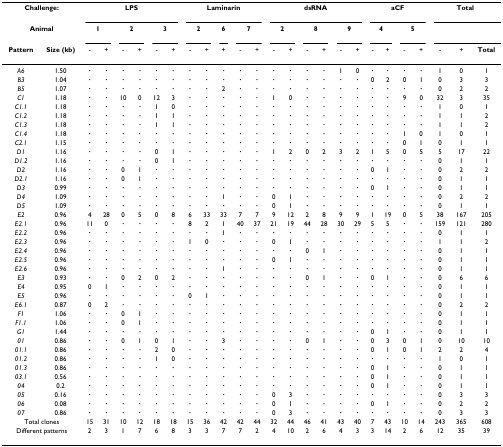
<table><thead><tr><td colspan="2"><b>Challenge:</b></td><td colspan="6"><b>LPS</b></td><td colspan="5"><b>Laminarin</b></td><td colspan="6"><b>dsRNA</b></td><td colspan="4"><b>aCF</b></td><td colspan="3"><b>Total</b></td></tr><tr><td colspan="2"><b>Animal</b></td><td colspan="2"><b>1</b></td><td colspan="2"><b>2</b></td><td colspan="2"><b>3</b></td><td colspan="2"><b>2</b></td><td><b>6</b></td><td colspan="2"><b>7</b></td><td colspan="2"><b>2</b></td><td colspan="2"><b>8</b></td><td colspan="2"><b>9</b></td><td colspan="2"><b>4</b></td><td colspan="2"><b>5</b></td><td></td><td></td><td></td></tr><tr><td><b>Pattern</b></td><td><b>Size (kb)</b></td><td><b>-</b></td><td><b>+</b></td><td><b>-</b></td><td><b>+</b></td><td><b>-</b></td><td><b>+</b></td><td><b>-</b></td><td><b>+</b></td><td><b>+</b></td><td><b>-</b></td><td><b>+</b></td><td><b>-</b></td><td><b>+</b></td><td><b>-</b></td><td><b>+</b></td><td><b>-</b></td><td><b>+</b></td><td><b>-</b></td><td><b>+</b></td><td><b>-</b></td><td><b>+</b></td><td><b>-</b></td><td><b>+</b></td><td><b>Total</b></td></tr></thead><tbody><tr><td><i>A6</i></td><td>1.50</td><td><b>·</b></td><td><b>·</b></td><td><b>·</b></td><td><b>·</b></td><td><b>·</b></td><td><b>·</b></td><td><b>·</b></td><td><b>·</b></td><td><b>·</b></td><td><b>·</b></td><td><b>·</b></td><td><b>·</b></td><td><b>·</b></td><td><b>·</b></td><td><b>·</b></td><td>1</td><td>0</td><td><b>·</b></td><td><b>·</b></td><td><b>·</b></td><td><b>·</b></td><td>1</td><td>0</td><td>1</td></tr><tr><td><i>B3</i></td><td>1.04</td><td><b>·</b></td><td><b>·</b></td><td><b>·</b></td><td><b>·</b></td><td><b>·</b></td><td><b>·</b></td><td><b>·</b></td><td><b>·</b></td><td><b>·</b></td><td><b>·</b></td><td><b>·</b></td><td><b>·</b></td><td><b>·</b></td><td><b>·</b></td><td><b>·</b></td><td><b>·</b></td><td><b>·</b></td><td>0</td><td>2</td><td>0</td><td>1</td><td>0</td><td>3</td><td>3</td></tr><tr><td><i>B5</i></td><td>1.07</td><td><b>·</b></td><td><b>·</b></td><td><b>·</b></td><td><b>·</b></td><td><b>·</b></td><td><b>·</b></td><td><b>·</b></td><td><b>·</b></td><td>2</td><td><b>·</b></td><td><b>·</b></td><td><b>·</b></td><td><b>·</b></td><td><b>·</b></td><td><b>·</b></td><td><b>·</b></td><td><b>·</b></td><td><b>·</b></td><td><b>·</b></td><td><b>·</b></td><td><b>·</b></td><td>0</td><td>2</td><td>2</td></tr><tr><td><i>C1</i></td><td>1.18</td><td><b>·</b></td><td><b>·</b></td><td>10</td><td>0</td><td>12</td><td>3</td><td><b>·</b></td><td><b>·</b></td><td><b>·</b></td><td><b>·</b></td><td><b>·</b></td><td>1</td><td>0</td><td><b>·</b></td><td><b>·</b></td><td><b>·</b></td><td><b>·</b></td><td><b>·</b></td><td><b>·</b></td><td>9</td><td>0</td><td>32</td><td>3</td><td>35</td></tr><tr><td><i>C1.1</i></td><td>1.18</td><td><b>·</b></td><td><b>·</b></td><td><b>·</b></td><td><b>·</b></td><td>1</td><td>0</td><td><b>·</b></td><td><b>·</b></td><td><b>·</b></td><td><b>·</b></td><td><b>·</b></td><td><b>·</b></td><td><b>·</b></td><td><b>·</b></td><td><b>·</b></td><td><b>·</b></td><td><b>·</b></td><td><b>·</b></td><td><b>·</b></td><td><b>·</b></td><td><b>·</b></td><td>1</td><td>0</td><td>1</td></tr><tr><td><i>C1.2</i></td><td>1.18</td><td><b>·</b></td><td><b>·</b></td><td><b>·</b></td><td><b>·</b></td><td>1</td><td>1</td><td><b>·</b></td><td><b>·</b></td><td><b>·</b></td><td><b>·</b></td><td><b>·</b></td><td><b>·</b></td><td><b>·</b></td><td><b>·</b></td><td><b>·</b></td><td><b>·</b></td><td><b>·</b></td><td><b>·</b></td><td><b>·</b></td><td><b>·</b></td><td><b>·</b></td><td>1</td><td>1</td><td>2</td></tr><tr><td><i>C1.3</i></td><td>1.18</td><td><b>·</b></td><td><b>·</b></td><td><b>·</b></td><td><b>·</b></td><td>1</td><td>1</td><td><b>·</b></td><td><b>·</b></td><td><b>·</b></td><td><b>·</b></td><td><b>·</b></td><td><b>·</b></td><td><b>·</b></td><td><b>·</b></td><td><b>·</b></td><td><b>·</b></td><td><b>·</b></td><td><b>·</b></td><td><b>·</b></td><td><b>·</b></td><td><b>·</b></td><td>1</td><td>1</td><td>2</td></tr><tr><td><i>C1.4</i></td><td>1.18</td><td><b>·</b></td><td><b>·</b></td><td><b>·</b></td><td><b>·</b></td><td><b>·</b></td><td><b>·</b></td><td><b>·</b></td><td><b>·</b></td><td><b>·</b></td><td><b>·</b></td><td><b>·</b></td><td><b>·</b></td><td><b>·</b></td><td><b>·</b></td><td><b>·</b></td><td><b>·</b></td><td><b>·</b></td><td><b>·</b></td><td><b>·</b></td><td>1</td><td>0</td><td>1</td><td>0</td><td>1</td></tr><tr><td><i>C2.1</i></td><td>1.15</td><td><b>·</b></td><td><b>·</b></td><td><b>·</b></td><td><b>·</b></td><td><b>·</b></td><td><b>·</b></td><td><b>·</b></td><td><b>·</b></td><td><b>·</b></td><td><b>·</b></td><td><b>·</b></td><td><b>·</b></td><td><b>·</b></td><td><b>·</b></td><td><b>·</b></td><td><b>·</b></td><td><b>·</b></td><td><b>·</b></td><td><b>·</b></td><td>0</td><td>1</td><td>0</td><td>1</td><td>1</td></tr><tr><td><i>D1</i></td><td>1.16</td><td><b>·</b></td><td><b>·</b></td><td><b>·</b></td><td><b>·</b></td><td>0</td><td>1</td><td><b>·</b></td><td><b>·</b></td><td><b>·</b></td><td><b>·</b></td><td><b>·</b></td><td>1</td><td>2</td><td>0</td><td>2</td><td>3</td><td>2</td><td>1</td><td>5</td><td>0</td><td>5</td><td>5</td><td>17</td><td>22</td></tr><tr><td><i>D1.2</i></td><td>1.16</td><td><b>·</b></td><td><b>·</b></td><td><b>·</b></td><td><b>·</b></td><td>0</td><td>1</td><td><b>·</b></td><td><b>·</b></td><td><b>·</b></td><td><b>·</b></td><td><b>·</b></td><td><b>·</b></td><td><b>·</b></td><td><b>·</b></td><td><b>·</b></td><td><b>·</b></td><td><b>·</b></td><td><b>·</b></td><td><b>·</b></td><td><b>·</b></td><td><b>·</b></td><td>0</td><td>1</td><td>1</td></tr><tr><td><i>D2</i></td><td>1.16</td><td><b>·</b></td><td><b>·</b></td><td>0</td><td>1</td><td><b>·</b></td><td><b>·</b></td><td><b>·</b></td><td><b>·</b></td><td><b>·</b></td><td><b>·</b></td><td><b>·</b></td><td><b>·</b></td><td><b>·</b></td><td><b>·</b></td><td><b>·</b></td><td><b>·</b></td><td><b>·</b></td><td>0</td><td>1</td><td><b>·</b></td><td><b>·</b></td><td>0</td><td>2</td><td>2</td></tr><tr><td><i>D2.1</i></td><td>1.16</td><td><b>·</b></td><td><b>·</b></td><td>0</td><td>1</td><td><b>·</b></td><td><b>·</b></td><td><b>·</b></td><td><b>·</b></td><td><b>·</b></td><td><b>·</b></td><td><b>·</b></td><td><b>·</b></td><td><b>·</b></td><td><b>·</b></td><td><b>·</b></td><td><b>·</b></td><td><b>·</b></td><td><b>·</b></td><td><b>·</b></td><td><b>·</b></td><td><b>·</b></td><td>0</td><td>1</td><td>1</td></tr><tr><td><i>D3</i></td><td>0.99</td><td><b>·</b></td><td><b>·</b></td><td><b>·</b></td><td><b>·</b></td><td><b>·</b></td><td><b>·</b></td><td><b>·</b></td><td><b>·</b></td><td><b>·</b></td><td><b>·</b></td><td><b>·</b></td><td><b>·</b></td><td><b>·</b></td><td><b>·</b></td><td><b>·</b></td><td><b>·</b></td><td><b>·</b></td><td>0</td><td>1</td><td><b>·</b></td><td><b>·</b></td><td>0</td><td>1</td><td>1</td></tr><tr><td><i>D4</i></td><td>1.09</td><td><b>·</b></td><td><b>·</b></td><td><b>·</b></td><td><b>·</b></td><td><b>·</b></td><td><b>·</b></td><td><b>·</b></td><td><b>·</b></td><td>1</td><td><b>·</b></td><td><b>·</b></td><td>0</td><td>1</td><td><b>·</b></td><td><b>·</b></td><td><b>·</b></td><td><b>·</b></td><td><b>·</b></td><td><b>·</b></td><td><b>·</b></td><td><b>·</b></td><td>0</td><td>2</td><td>2</td></tr><tr><td><i>D5</i></td><td>1.09</td><td><b>·</b></td><td><b>·</b></td><td><b>·</b></td><td><b>·</b></td><td><b>·</b></td><td><b>·</b></td><td><b>·</b></td><td><b>·</b></td><td><b>·</b></td><td><b>·</b></td><td><b>·</b></td><td>0</td><td>1</td><td><b>·</b></td><td><b>·</b></td><td><b>·</b></td><td><b>·</b></td><td><b>·</b></td><td><b>·</b></td><td><b>·</b></td><td><b>·</b></td><td>0</td><td>1</td><td>1</td></tr><tr><td><i>E2</i></td><td>0.96</td><td>4</td><td>28</td><td>0</td><td>5</td><td>0</td><td>8</td><td>6</td><td>33</td><td>33</td><td>7</td><td>7</td><td>9</td><td>12</td><td>2</td><td>8</td><td>9</td><td>9</td><td>1</td><td>19</td><td>0</td><td>5</td><td>38</td><td>167</td><td>205</td></tr><tr><td><i>E2.1</i></td><td>0.96</td><td>11</td><td>0</td><td><b>·</b></td><td><b>·</b></td><td><b>·</b></td><td><b>·</b></td><td>8</td><td>2</td><td>1</td><td>40</td><td>37</td><td>21</td><td>19</td><td>44</td><td>28</td><td>30</td><td>29</td><td>5</td><td>5</td><td><b>·</b></td><td><b>·</b></td><td>159</td><td>121</td><td>280</td></tr><tr><td><i>E2.2</i></td><td>0.96</td><td><b>·</b></td><td><b>·</b></td><td><b>·</b></td><td><b>·</b></td><td><b>·</b></td><td><b>·</b></td><td><b>·</b></td><td><b>·</b></td><td>1</td><td><b>·</b></td><td><b>·</b></td><td><b>·</b></td><td><b>·</b></td><td><b>·</b></td><td><b>·</b></td><td><b>·</b></td><td><b>·</b></td><td><b>·</b></td><td><b>·</b></td><td><b>·</b></td><td><b>·</b></td><td>0</td><td>1</td><td>1</td></tr><tr><td><i>E2.3</i></td><td>0.96</td><td><b>·</b></td><td><b>·</b></td><td><b>·</b></td><td><b>·</b></td><td><b>·</b></td><td><b>·</b></td><td>1</td><td>0</td><td><b>·</b></td><td><b>·</b></td><td><b>·</b></td><td>0</td><td>1</td><td><b>·</b></td><td><b>·</b></td><td><b>·</b></td><td><b>·</b></td><td><b>·</b></td><td><b>·</b></td><td><b>·</b></td><td><b>·</b></td><td>1</td><td>1</td><td>2</td></tr><tr><td><i>E2.4</i></td><td>0.96</td><td><b>·</b></td><td><b>·</b></td><td><b>·</b></td><td><b>·</b></td><td><b>·</b></td><td><b>·</b></td><td><b>·</b></td><td><b>·</b></td><td><b>·</b></td><td><b>·</b></td><td><b>·</b></td><td><b>·</b></td><td><b>·</b></td><td>0</td><td>1</td><td><b>·</b></td><td><b>·</b></td><td><b>·</b></td><td><b>·</b></td><td><b>·</b></td><td><b>·</b></td><td>0</td><td>1</td><td>1</td></tr><tr><td><i>E2.5</i></td><td>0.96</td><td><b>·</b></td><td><b>·</b></td><td><b>·</b></td><td><b>·</b></td><td><b>·</b></td><td><b>·</b></td><td><b>·</b></td><td><b>·</b></td><td><b>·</b></td><td><b>·</b></td><td><b>·</b></td><td>0</td><td>1</td><td><b>·</b></td><td><b>·</b></td><td><b>·</b></td><td><b>·</b></td><td><b>·</b></td><td><b>·</b></td><td><b>·</b></td><td><b>·</b></td><td>0</td><td>1</td><td>1</td></tr><tr><td><i>E2.6</i></td><td>0.96</td><td><b>·</b></td><td><b>·</b></td><td><b>·</b></td><td><b>·</b></td><td><b>·</b></td><td><b>·</b></td><td><b>·</b></td><td><b>·</b></td><td>1</td><td><b>·</b></td><td><b>·</b></td><td><b>·</b></td><td><b>·</b></td><td><b>·</b></td><td><b>·</b></td><td><b>·</b></td><td><b>·</b></td><td><b>·</b></td><td><b>·</b></td><td><b>·</b></td><td><b>·</b></td><td>0</td><td>1</td><td>1</td></tr><tr><td><i>E3</i></td><td>0.93</td><td><b>·</b></td><td><b>·</b></td><td>0</td><td>2</td><td>0</td><td>2</td><td><b>·</b></td><td><b>·</b></td><td><b>·</b></td><td><b>·</b></td><td><b>·</b></td><td><b>·</b></td><td><b>·</b></td><td>0</td><td>1</td><td><b>·</b></td><td><b>·</b></td><td>0</td><td>1</td><td><b>·</b></td><td><b>·</b></td><td>0</td><td>6</td><td>6</td></tr><tr><td><i>E4</i></td><td>0.95</td><td>0</td><td>1</td><td><b>·</b></td><td><b>·</b></td><td><b>·</b></td><td><b>·</b></td><td><b>·</b></td><td><b>·</b></td><td><b>·</b></td><td><b>·</b></td><td><b>·</b></td><td><b>·</b></td><td><b>·</b></td><td><b>·</b></td><td><b>·</b></td><td><b>·</b></td><td><b>·</b></td><td><b>·</b></td><td><b>·</b></td><td><b>·</b></td><td><b>·</b></td><td>0</td><td>1</td><td>1</td></tr><tr><td><i>E5</i></td><td>0.96</td><td><b>·</b></td><td><b>·</b></td><td><b>·</b></td><td><b>·</b></td><td><b>·</b></td><td><b>·</b></td><td>0</td><td>1</td><td><b>·</b></td><td><b>·</b></td><td><b>·</b></td><td><b>·</b></td><td><b>·</b></td><td><b>·</b></td><td><b>·</b></td><td><b>·</b></td><td><b>·</b></td><td><b>·</b></td><td><b>·</b></td><td><b>·</b></td><td><b>·</b></td><td>0</td><td>1</td><td>1</td></tr><tr><td><i>E6.1</i></td><td>0.87</td><td>0</td><td>2</td><td><b>·</b></td><td><b>·</b></td><td><b>·</b></td><td><b>·</b></td><td><b>·</b></td><td><b>·</b></td><td><b>·</b></td><td><b>·</b></td><td><b>·</b></td><td><b>·</b></td><td><b>·</b></td><td><b>·</b></td><td><b>·</b></td><td><b>·</b></td><td><b>·</b></td><td><b>·</b></td><td><b>·</b></td><td><b>·</b></td><td><b>·</b></td><td>0</td><td>2</td><td>2</td></tr><tr><td><i>F1</i></td><td>1.06</td><td><b>·</b></td><td><b>·</b></td><td>0</td><td>1</td><td><b>·</b></td><td><b>·</b></td><td><b>·</b></td><td><b>·</b></td><td><b>·</b></td><td><b>·</b></td><td><b>·</b></td><td><b>·</b></td><td><b>·</b></td><td><b>·</b></td><td><b>·</b></td><td><b>·</b></td><td><b>·</b></td><td><b>·</b></td><td><b>·</b></td><td><b>·</b></td><td><b>·</b></td><td>0</td><td>1</td><td>1</td></tr><tr><td><i>F1.1</i></td><td>1.06</td><td><b>·</b></td><td><b>·</b></td><td>0</td><td>1</td><td><b>·</b></td><td><b>·</b></td><td><b>·</b></td><td><b>·</b></td><td><b>·</b></td><td><b>·</b></td><td><b>·</b></td><td><b>·</b></td><td><b>·</b></td><td><b>·</b></td><td><b>·</b></td><td><b>·</b></td><td><b>·</b></td><td><b>·</b></td><td><b>·</b></td><td><b>·</b></td><td><b>·</b></td><td>0</td><td>1</td><td>1</td></tr><tr><td><i>G1</i></td><td>1.44</td><td><b>·</b></td><td><b>·</b></td><td><b>·</b></td><td><b>·</b></td><td><b>·</b></td><td><b>·</b></td><td><b>·</b></td><td><b>·</b></td><td><b>·</b></td><td><b>·</b></td><td><b>·</b></td><td><b>·</b></td><td><b>·</b></td><td><b>·</b></td><td><b>·</b></td><td><b>·</b></td><td><b>·</b></td><td>0</td><td>1</td><td><b>·</b></td><td><b>·</b></td><td>0</td><td>1</td><td>1</td></tr><tr><td><i>01</i></td><td>0.86</td><td><b>·</b></td><td><b>·</b></td><td>0</td><td>1</td><td>0</td><td>1</td><td><b>·</b></td><td><b>·</b></td><td>3</td><td><b>·</b></td><td><b>·</b></td><td><b>·</b></td><td><b>·</b></td><td>0</td><td>1</td><td><b>·</b></td><td><b>·</b></td><td>0</td><td>3</td><td>0</td><td>1</td><td>0</td><td>10</td><td>10</td></tr><tr><td><i>01.1</i></td><td>0.86</td><td><b>·</b></td><td><b>·</b></td><td><b>·</b></td><td><b>·</b></td><td>2</td><td>0</td><td><b>·</b></td><td><b>·</b></td><td><b>·</b></td><td><b>·</b></td><td><b>·</b></td><td><b>·</b></td><td><b>·</b></td><td><b>·</b></td><td><b>·</b></td><td><b>·</b></td><td><b>·</b></td><td>0</td><td>1</td><td>0</td><td>1</td><td>2</td><td>2</td><td>4</td></tr><tr><td><i>01.2</i></td><td>0.86</td><td><b>·</b></td><td><b>·</b></td><td><b>·</b></td><td><b>·</b></td><td>1</td><td>0</td><td><b>·</b></td><td><b>·</b></td><td><b>·</b></td><td><b>·</b></td><td><b>·</b></td><td><b>·</b></td><td><b>·</b></td><td><b>·</b></td><td><b>·</b></td><td><b>·</b></td><td><b>·</b></td><td><b>·</b></td><td><b>·</b></td><td><b>·</b></td><td><b>·</b></td><td>1</td><td>0</td><td>1</td></tr><tr><td><i>01.3</i></td><td>0.86</td><td><b>·</b></td><td><b>·</b></td><td><b>·</b></td><td><b>·</b></td><td><b>·</b></td><td><b>·</b></td><td><b>·</b></td><td><b>·</b></td><td><b>·</b></td><td><b>·</b></td><td><b>·</b></td><td><b>·</b></td><td><b>·</b></td><td><b>·</b></td><td><b>·</b></td><td><b>·</b></td><td><b>·</b></td><td>0</td><td>1</td><td><b>·</b></td><td><b>·</b></td><td>0</td><td>1</td><td>1</td></tr><tr><td><i>03.1</i></td><td>0.56</td><td><b>·</b></td><td><b>·</b></td><td><b>·</b></td><td><b>·</b></td><td><b>·</b></td><td><b>·</b></td><td><b>·</b></td><td><b>·</b></td><td><b>·</b></td><td><b>·</b></td><td><b>·</b></td><td><b>·</b></td><td><b>·</b></td><td><b>·</b></td><td><b>·</b></td><td><b>·</b></td><td><b>·</b></td><td>0</td><td>1</td><td><b>·</b></td><td><b>·</b></td><td>0</td><td>1</td><td>1</td></tr><tr><td><i>04</i></td><td>0.2</td><td><b>·</b></td><td><b>·</b></td><td><b>·</b></td><td><b>·</b></td><td><b>·</b></td><td><b>·</b></td><td><b>·</b></td><td><b>·</b></td><td><b>·</b></td><td><b>·</b></td><td><b>·</b></td><td><b>·</b></td><td><b>·</b></td><td><b>·</b></td><td><b>·</b></td><td><b>·</b></td><td><b>·</b></td><td>0</td><td>1</td><td><b>·</b></td><td><b>·</b></td><td>0</td><td>1</td><td>1</td></tr><tr><td><i>05</i></td><td>0.16</td><td><b>·</b></td><td><b>·</b></td><td><b>·</b></td><td><b>·</b></td><td><b>·</b></td><td><b>·</b></td><td><b>·</b></td><td><b>·</b></td><td><b>·</b></td><td><b>·</b></td><td><b>·</b></td><td>0</td><td>3</td><td><b>·</b></td><td><b>·</b></td><td><b>·</b></td><td><b>·</b></td><td><b>·</b></td><td><b>·</b></td><td><b>·</b></td><td><b>·</b></td><td>0</td><td>3</td><td>3</td></tr><tr><td><i>06</i></td><td>0.08</td><td><b>·</b></td><td><b>·</b></td><td><b>·</b></td><td><b>·</b></td><td><b>·</b></td><td><b>·</b></td><td><b>·</b></td><td><b>·</b></td><td><b>·</b></td><td><b>·</b></td><td><b>·</b></td><td>0</td><td>1</td><td><b>·</b></td><td><b>·</b></td><td><b>·</b></td><td><b>·</b></td><td>0</td><td>1</td><td><b>·</b></td><td><b>·</b></td><td>0</td><td>2</td><td>2</td></tr><tr><td><i>07</i></td><td>0.86</td><td><b>·</b></td><td><b>·</b></td><td><b>·</b></td><td><b>·</b></td><td><b>·</b></td><td><b>·</b></td><td><b>·</b></td><td><b>·</b></td><td><b>·</b></td><td><b>·</b></td><td><b>·</b></td><td>0</td><td>3</td><td><b>·</b></td><td><b>·</b></td><td><b>·</b></td><td><b>·</b></td><td><b>·</b></td><td><b>·</b></td><td><b>·</b></td><td><b>·</b></td><td>0</td><td>3</td><td>3</td></tr><tr><td colspan="2">Total clones</td><td>15</td><td>31</td><td>10</td><td>12</td><td>18</td><td>18</td><td>15</td><td>36</td><td>42</td><td>42</td><td>44</td><td>32</td><td>44</td><td>46</td><td>41</td><td>43</td><td>40</td><td>7</td><td>43</td><td>10</td><td>14</td><td>243</td><td>365</td><td>608</td></tr><tr><td colspan="2">Different patterns</td><td>2</td><td>3</td><td>1</td><td>7</td><td>6</td><td>8</td><td>3</td><td>3</td><td>7</td><td>7</td><td>2</td><td>4</td><td>10</td><td>2</td><td>6</td><td>4</td><td>3</td><td>3</td><td>14</td><td>2</td><td>6</td><td>12</td><td>35</td><td>39</td></tr></tbody></table>